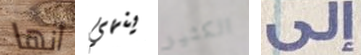
أنها ينهي الكثير إلى